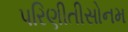
પરિણીતીસોનમ